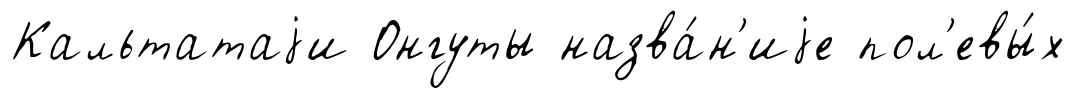
Кальтатаjи Онгуты назва́н'иjе пол'евы́х